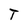
Character: T